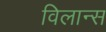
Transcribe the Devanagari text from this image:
विलान्स